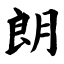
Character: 朗